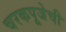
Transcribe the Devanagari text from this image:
चरकपूजेची